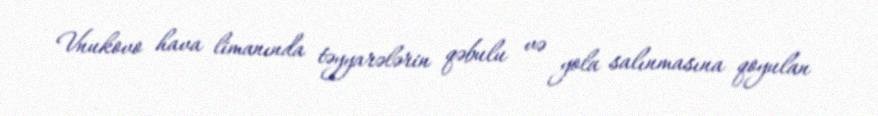
Vnukovo hava limanında təyyarələrin qəbulu və yola salınmasına qoyulan